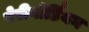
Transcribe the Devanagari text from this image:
पेरीगोर्डियन